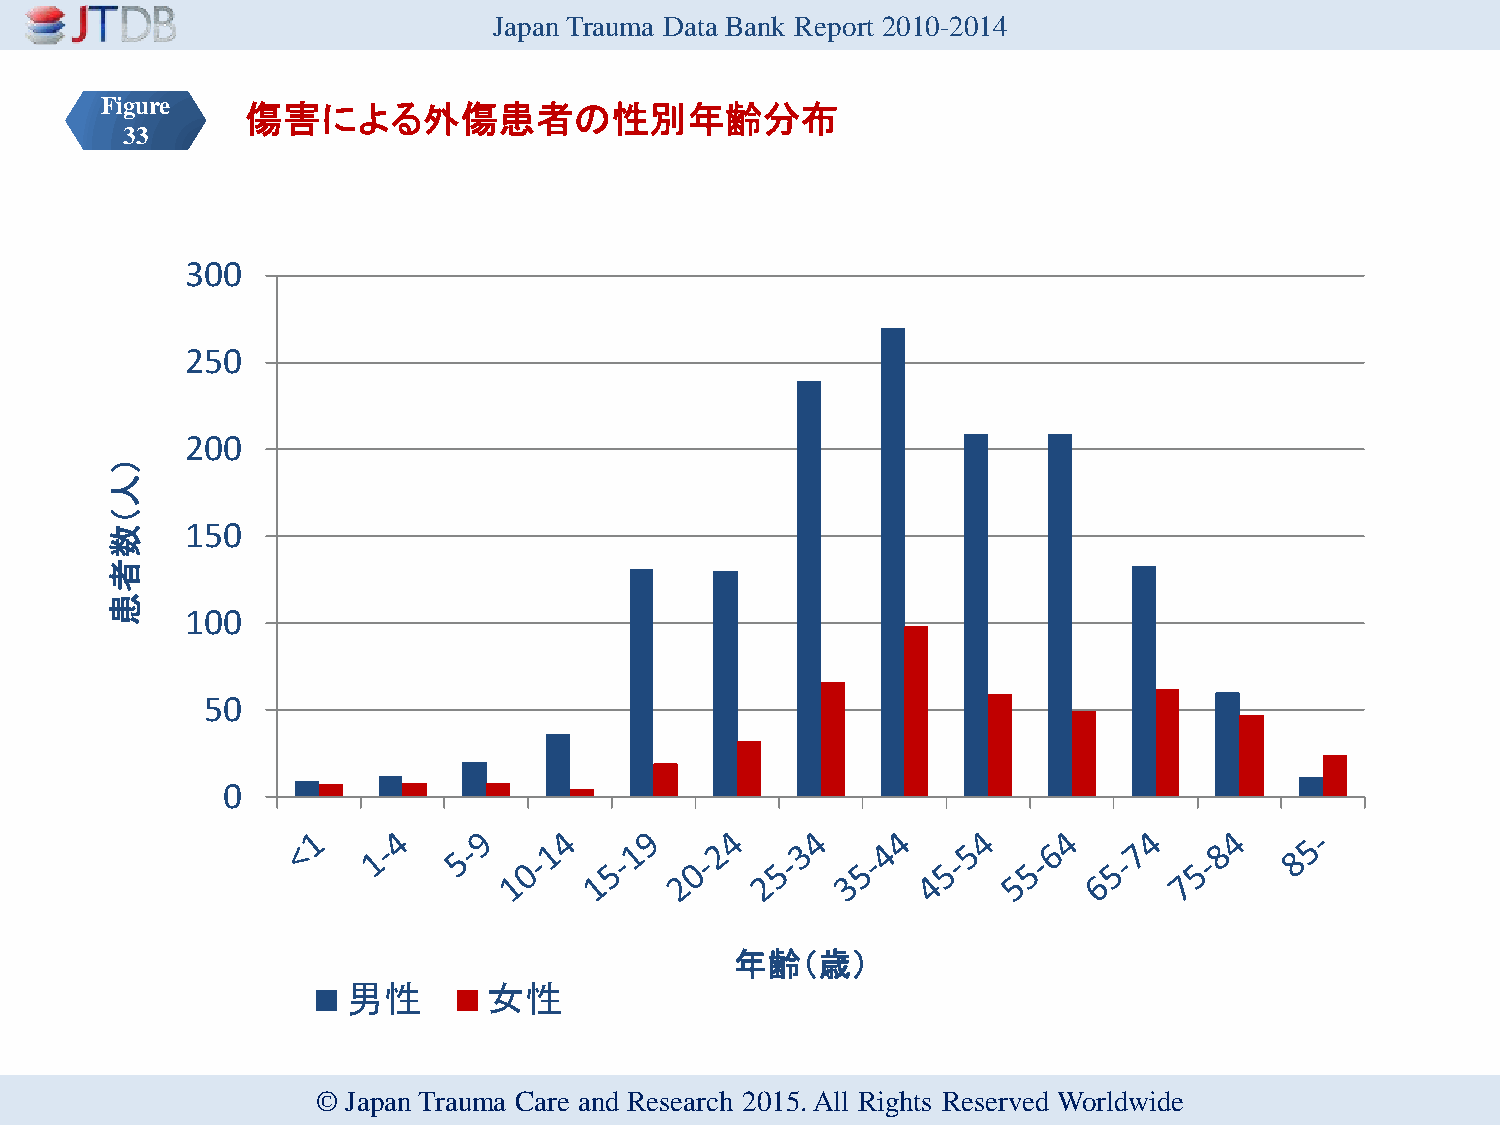
Japan Trauma Data Bank Report 2010-2014
 Figure   傷害による外傷患者の性別年齢分布
 33
 300
 250
 200
 ）
 人
 （
 数    150
 者
 患
 100
 50
 0
 年齢（歳）
 男性       女性
 © Japan Trauma Care and Research 2015. All Rights Reserved Worldwide